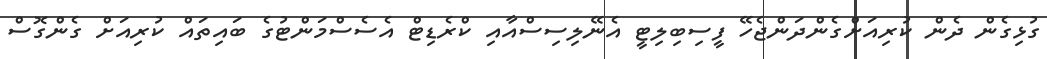
ގުޅިގެން ދެން ކުރިއަށްގެންދަންޖެހޭ ފީސިބިލިޓީ އެނޭލިސިސްއާއި ކްރެޑިޓް އެސެސްމަންޓުގެ ބައިތައް ކުރިއަށް ގެންގޮސް